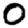
Digit: 0